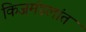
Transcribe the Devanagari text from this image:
किजमंडलांत